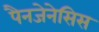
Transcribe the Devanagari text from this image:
पैनजेनेसिस